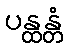
ပန္ထန္တံ